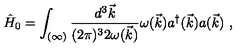
\hat { H } _ { 0 } = \int _ { ( \infty ) } \frac { d ^ { 3 } \vec { k } } { ( 2 \pi ) ^ { 3 } 2 \omega ( \vec { k } ) } \omega ( \vec { k } ) a ^ { \dagger } ( \vec { k } ) a ( \vec { k } ) \ ,